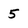
Character: 5